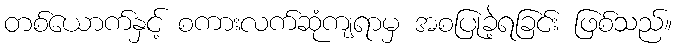
တစ်ယောက်နှင့် စကားလက်ဆုံကျရာမှ အစပြုခဲ့ရခြင်း ဖြစ်သည်။